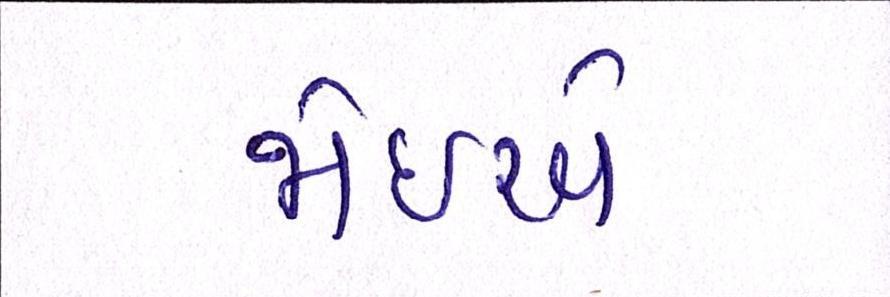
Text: જોઇએ